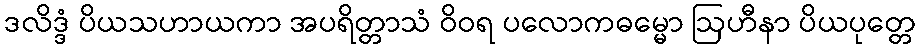
ဒလိဒ္ဒံ ပိယသဟာယကာ အပရိတ္တာသံ ဝိဝရ ပလောကဓမ္မော ဩဟီနာ ပိယပုတ္တေ